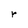
Character: r